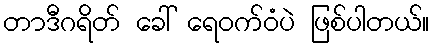
တာဒီဂရိတ် ခေါ် ရေဝက်ဝံပဲ ဖြစ်ပါတယ်။